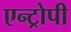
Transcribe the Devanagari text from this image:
एन्ट्रोपी